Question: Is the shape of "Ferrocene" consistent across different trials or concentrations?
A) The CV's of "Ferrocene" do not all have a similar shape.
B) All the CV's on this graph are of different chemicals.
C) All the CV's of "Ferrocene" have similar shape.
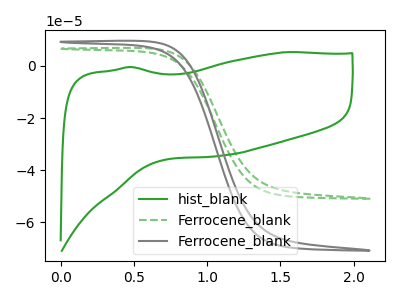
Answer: <think>The green curve "hist_blank" has no peaks. The green dashed curve "Ferrocene_blank" has no peaks. The gray curve "Ferrocene_blank" has no peaks.
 Neither "hist_blank" or "Ferrocene_blank" have any peaks. Neither "hist_blank" or "Ferrocene_blank" have any peaks. Neither "Ferrocene_blank" or "Ferrocene_blank" have any peaks.</think>
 <answer>C) All the CV's of "Ferrocene" have similar shape.</answer>
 <eval>C</eval>